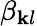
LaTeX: \beta_{\mathbf{k}l}